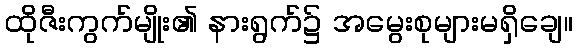
ထိုဇီးကွက်မျိုး၏ နားရွက်၌ အမွေးစုများမရှိချေ။